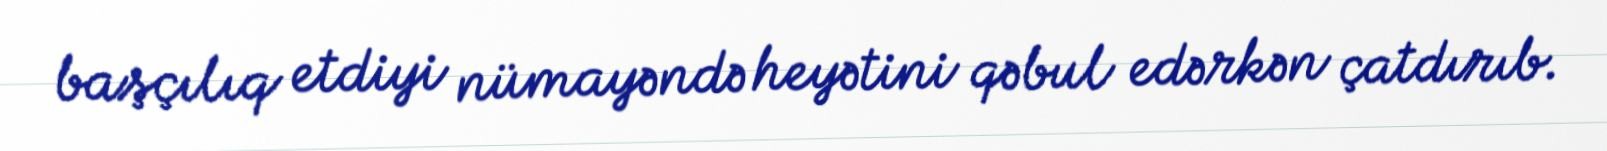
başçılıq etdiyi nümayəndə heyətini qəbul edərkən çatdırıb.